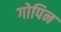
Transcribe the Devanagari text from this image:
गोपिन